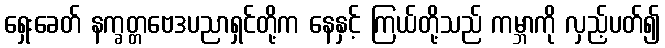
ရှေးခေတ် နက္ခတ္တဗေဒပညာရှင်တို့က နေနှင့် ကြယ်တို့သည် ကမ္ဘာကို လှည့်ပတ်၍